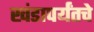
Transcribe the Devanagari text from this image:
खंडापर्यंतचे